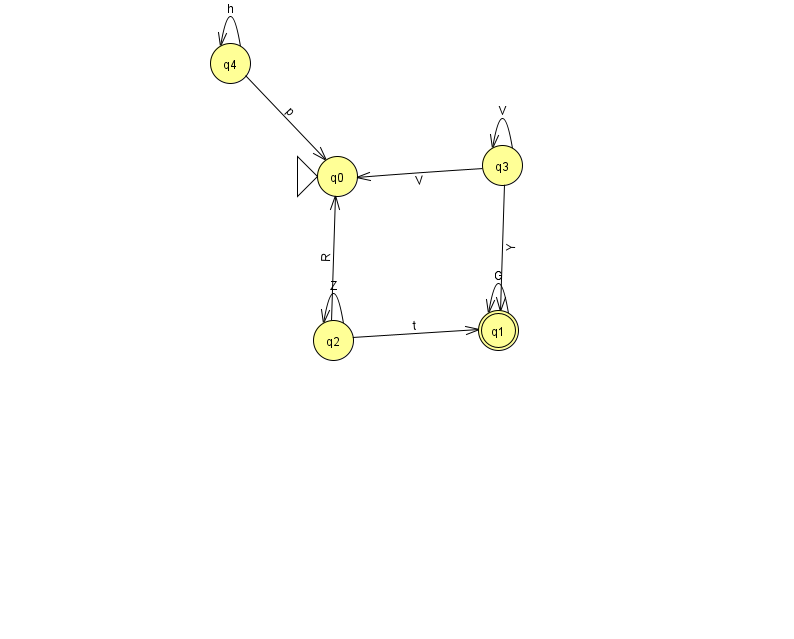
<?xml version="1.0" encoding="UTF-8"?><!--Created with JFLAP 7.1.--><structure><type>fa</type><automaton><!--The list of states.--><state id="0" name="q0"><x>337.0</x><y>163.0</y><initial/></state><state id="1" name="q1"><x>498.0</x><y>317.0</y><final/></state><state id="2" name="q2"><x>333.0</x><y>327.0</y></state><state id="3" name="q3"><x>502.0</x><y>152.0</y></state><state id="4" name="q4"><x>230.0</x><y>50.0</y></state><!--The list of transitions.--><transition><from>4</from><to>0</to><read>p</read></transition><transition><from>3</from><to>3</to><read>V</read></transition><transition><from>1</from><to>1</to><read>G</read></transition><transition><from>2</from><to>1</to><read>t</read></transition><transition><from>4</from><to>4</to><read>h</read></transition><transition><from>2</from><to>2</to><read>Z</read></transition><transition><from>3</from><to>0</to><read>V</read></transition><transition><from>2</from><to>0</to><read>R</read></transition><transition><from>3</from><to>1</to><read>Y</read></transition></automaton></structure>